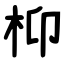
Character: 枊